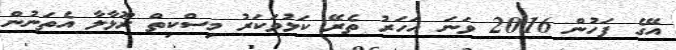
އޭގެ ފަހުން 2016 ވަނަ އަހަރު ތެރޭ ކަޅުވަކަރު މިސްކިތް ރޫޅާލާ އެތަނުން